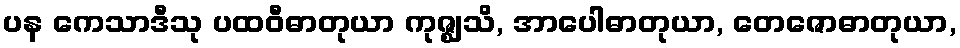
ပန ကေသာဒီသု ပထဝီဓာတုယာ ကုဇ္ဈသိ, အာပေါဓာတုယာ, တေဇောဓာတုယာ,